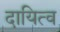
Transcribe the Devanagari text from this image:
दायित्‍व